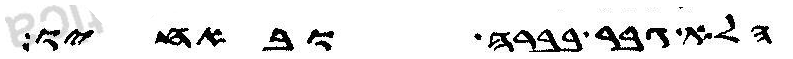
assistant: הלא גברה בברה ובאחיו